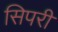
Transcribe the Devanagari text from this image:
सिपरी